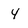
Character: 4